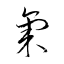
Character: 氣